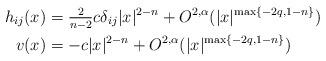
LaTeX: \begin{align*}h_{ij} (x)&= \tfrac{2}{n-2} c \delta_{ij} |x|^{2-n} + O^{2,\alpha}(|x|^{\max\{-2q, 1-n \}})\\v(x) &= -c |x|^{2-n} + O^{2,\alpha}(|x|^{\max\{-2q, 1-n \}})\end{align*}